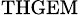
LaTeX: _{\textrm{THGEM}}